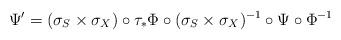
LaTeX: \begin{align*}\Psi' & =(\sigma_{S}\times\sigma_{X})\circ\tau_{*}\Phi\circ(\sigma_{S}\times\sigma_{X})^{-1}\circ\Psi\circ\Phi^{-1}\end{align*}